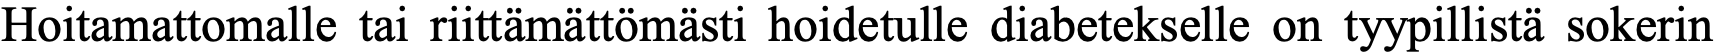
Hoitamattomalle tai riittämättömästi hoidetulle diabetekselle on tyypillistä sokerin